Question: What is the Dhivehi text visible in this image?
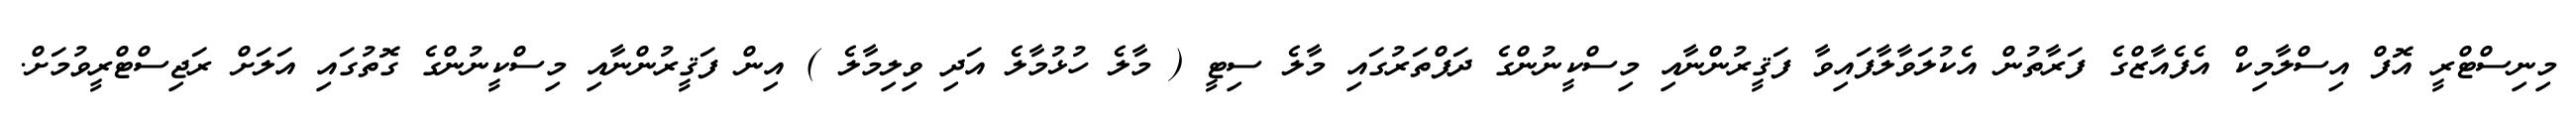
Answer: މިނިސްޓްރީ އޮފް އިސްލާމިކް އެފެއާޒްގެ ފަރާތުން އެކުލަވާލާފައިވާ ފަޤީރުންނާއި މިސްކީނުންގެ ދަފްތަރުގައި މާލެ ސިޓީ ( މާލެ ހުޅުމާލެ އަދި ވިލިމާލެ ) އިން ފަޤީރުންނާއި މިސްކީނުންގެ ގޮތުގައި އަލަށް ރަޖިސްޓްރީވުމަށް.